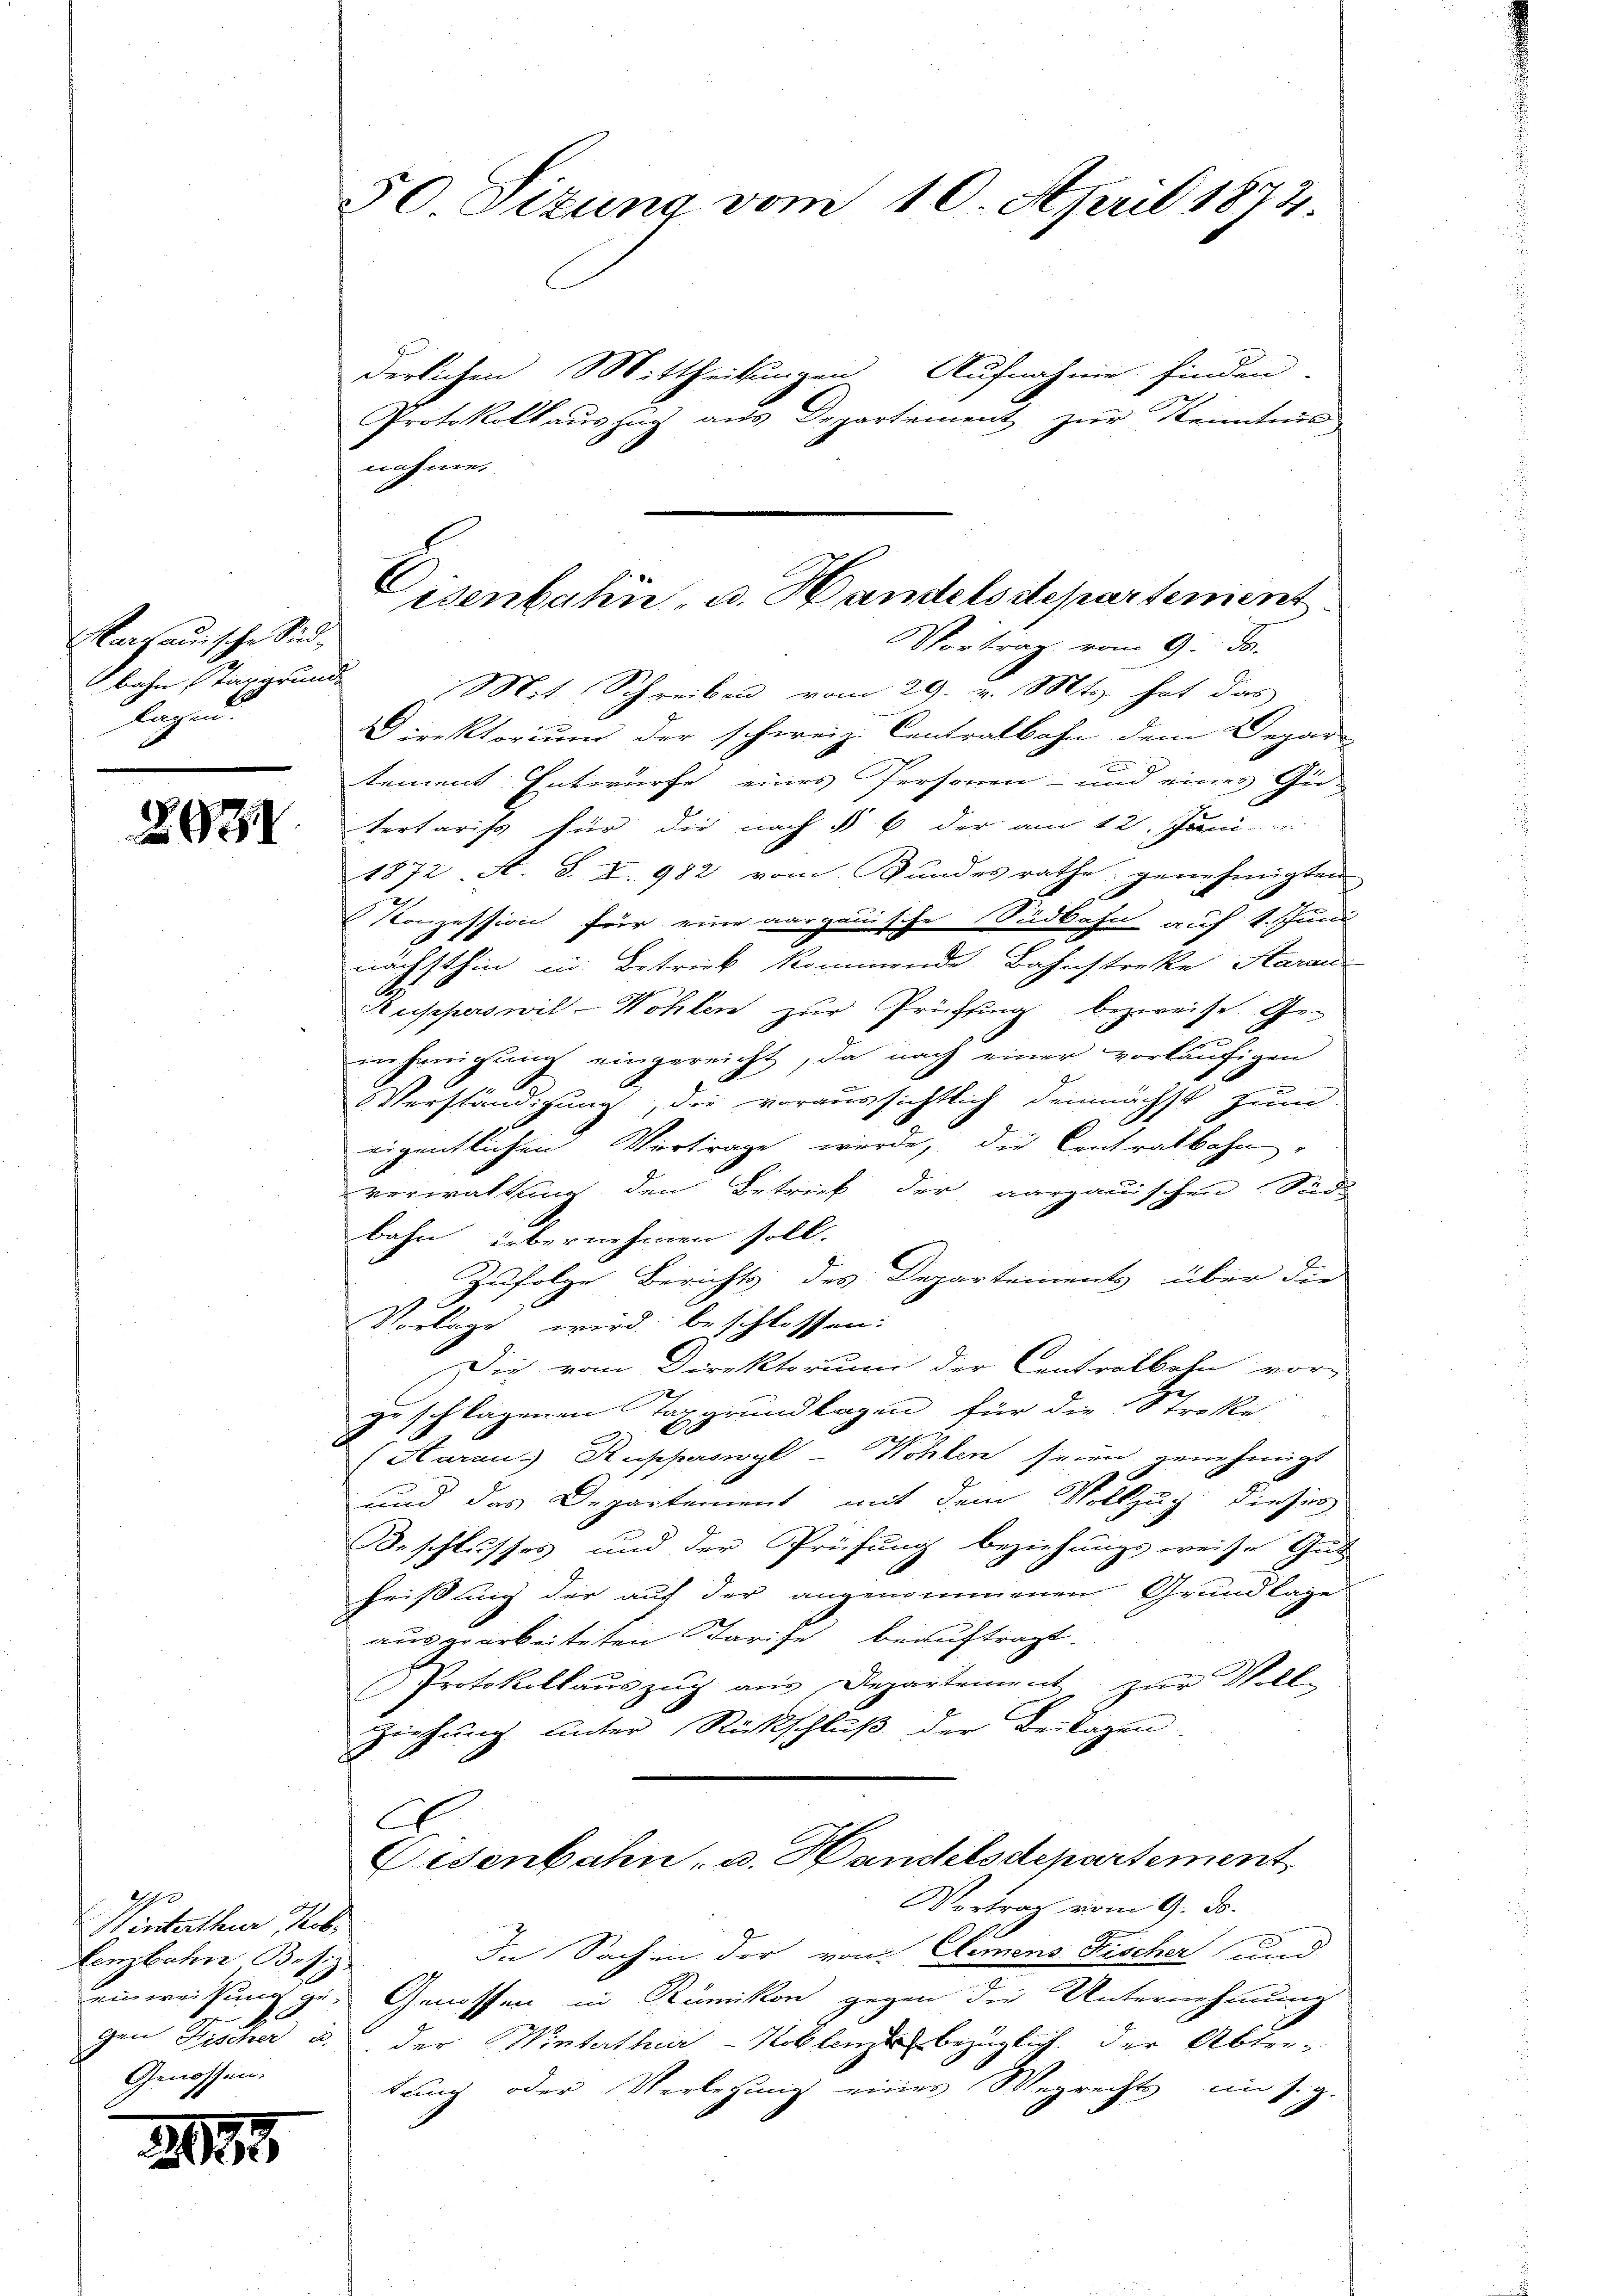
Aargauische Sindlagen.

2031

Wenterthur ob
Lenzbachen Besiz
Genossen.

derlichen Mittheilungen Aufnahme finden.
Protokollauszug aus Departement zur Kenntnis
nahmen.
Vortrag vom 9. Ja.
bahn Targrund Mit Schreiben vom 29. v. Mts. hat das
Direktorium der schweiz. Centralbahn dem Depar
tement Entwurfe eines Personen- und eines Gu-
tertaris für die nach § 6. der am 12. Juni
1872 A. S. I. 982 vom Bundesrathe genehmigten
Konzession für eine aargauische Südbahn auf 1. Juni
nächsthin in Betrieb kommende Bahnstreke Aarau
usperswil-Wohlen zur Prüfung bezweife. Ge-
injenigŭng eingereicht, da nach einer vorläufigen
Verständigung, die voraussichtlich demnächst zum
eigentlichen Vortrage würde, die Centralbahn-
verwaltung den Betrief der aargauischen Süde
bahn übernehmen soll.
Zufolge Berichts des Departements über die
Vorlage wird beschlossen:
Die vom Direktorum der Centralbahn vor-
zuschlagenen Taggrundlagen für die Streke

(Htaraus Supperswyl-Wohlen seien genehmigt
und das Departement mit dem Vollzug dieses
Beschlusses und der Prüfung beziehungsweise Gut
heißung der auf der angenommenen Grundlage
ausgearbeiteten Tarife beauftragt.
Protokollaŭszŭg aŭs Departement zŭr Voll-
Ziehung unter Richtschluß der Beilagen.
C
Eisenbahn, u. Handelsdepartement
Vortrag vom 9. ds.
In Sachen der von Clemens Fischer und
einweisung ge- Genossen in Rümikon gegen die Unternehmung
gen Fischer u. der Winterthur–Koblenze bezüglich. der Aben
tung oder Verlegung eines Wegrechts im s. g.

50. Situng vom 10. April 1873.

Cisenbahn, u. Handels departement